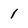
Character: 1